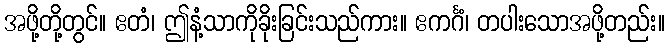
အဖို့တို့တွင်။ ဧတံ၊ ဤနံ့သာကိုခိုးခြင်းသည်ကား။ ဧကင်္ဂံ၊ တပါးသောအဖို့တည်း။